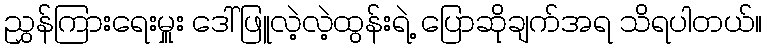
ညွှန်ကြားရေးမှူး ဒေါ်ဖြူလဲ့လဲ့ထွန်းရဲ့ ပြောဆိုချက်အရ သိရပါတယ်။